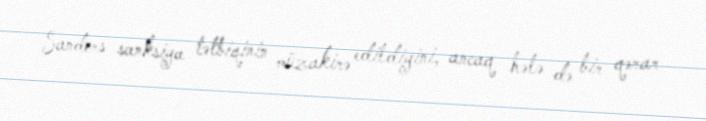
Sanders sanksiya tətbiqinin müzakirə edildiyini, ancaq hələ də bir qərar